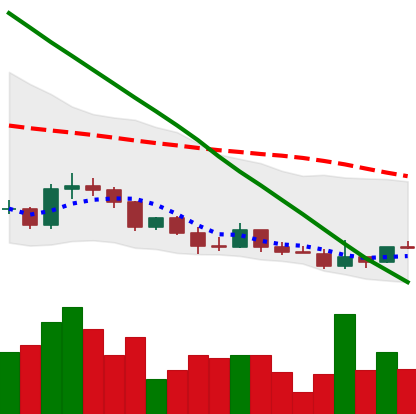
Ticker: DOGE-USD
Chart end date: 2022-03-17
Forward return: 5.132%
Label: up_5_7